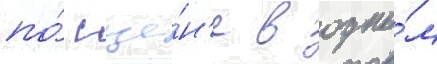
по́ сце́н'е в одно́м